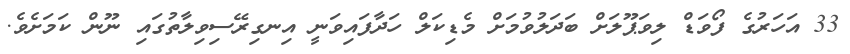
33 އަހަރުގެ ފޯވަޑް ލިވަޕޫލަށް ބަދަލުވުމަށް މެޑިކަލް ހަދާފައިވަނީ އިނގިރޭސިވިލާތުގައި ނޫން ކަމަށެވެ.